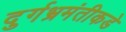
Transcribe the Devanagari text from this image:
दुर्गभ्रमंतीकडे